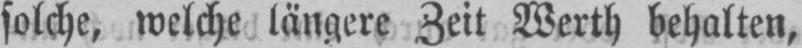
solche, welche längere Zeit Werth behalten,